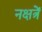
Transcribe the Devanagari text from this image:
नक्षत्रें